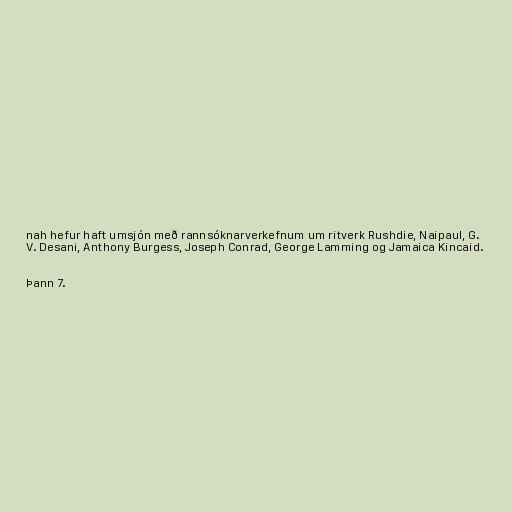
nah hefur haft umsjón með rannsóknarverkefnum um ritverk Rushdie, Naipaul, G.
V. Desani, Anthony Burgess, Joseph Conrad, George Lamming og Jamaica Kincaid.

Þann 7.